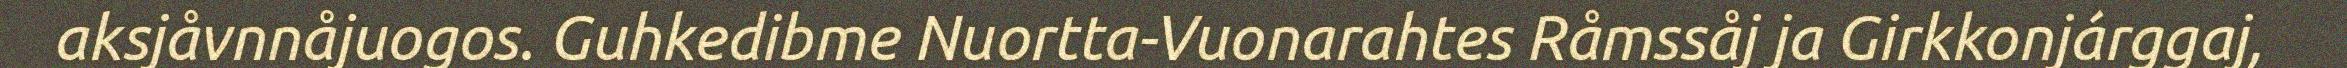
aksjåvnnåjuogos. Guhkedibme Nuortta-Vuonarahtes Råmssåj ja Girkkonjárggaj,